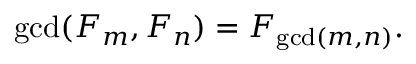
\operatorname* { g c d } ( F _ { m } , F _ { n } ) = F _ { \operatorname* { g c d } ( m , n ) } .